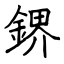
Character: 鎅